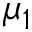
\mu _ { 1 }